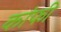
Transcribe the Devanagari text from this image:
कांफी